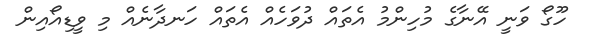
ހޫގޯ ވަނީ އޭނާގެ މުހިންމު އެތައް ދުވަހެއް އެތައް ހަނދާނެއް މި ވީޑިއޯއިން